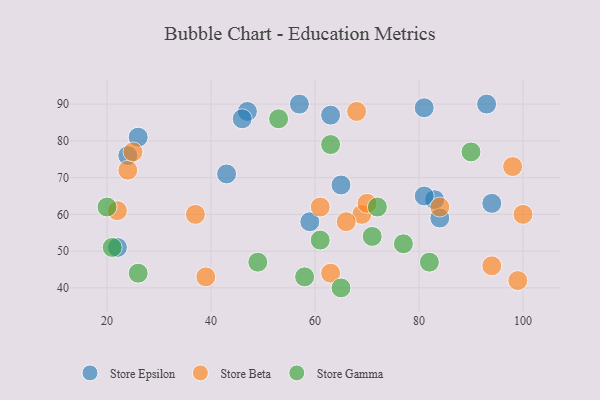
{"axis": {"x": "GDP", "y": "Life Expectancy"}, "legend": ["Store Beta", "Store Epsilon", "Store Gamma"], "data": [{"x": "63", "y": 87, "type": "Store Epsilon"}, {"x": "83", "y": 64, "type": "Store Epsilon"}, {"x": "47", "y": 88, "type": "Store Epsilon"}, {"x": "22", "y": 51, "type": "Store Epsilon"}, {"x": "57", "y": 90, "type": "Store Epsilon"}, {"x": "94", "y": 63, "type": "Store Epsilon"}, {"x": "26", "y": 81, "type": "Store Epsilon"}, {"x": "81", "y": 65, "type": "Store Epsilon"}, {"x": "65", "y": 68, "type": "Store Epsilon"}, {"x": "43", "y": 71, "type": "Store Epsilon"}, {"x": "93", "y": 90, "type": "Store Epsilon"}, {"x": "81", "y": 89, "type": "Store Epsilon"}, {"x": "84", "y": 59, "type": "Store Epsilon"}, {"x": "46", "y": 86, "type": "Store Epsilon"}, {"x": "59", "y": 58, "type": "Store Epsilon"}, {"x": "24", "y": 76, "type": "Store Epsilon"}, {"x": "84", "y": 62, "type": "Store Beta"}, {"x": "39", "y": 43, "type": "Store Beta"}, {"x": "24", "y": 72, "type": "Store Beta"}, {"x": "37", "y": 60, "type": "Store Beta"}, {"x": "94", "y": 46, "type": "Store Beta"}, {"x": "22", "y": 61, "type": "Store Beta"}, {"x": "69", "y": 60, "type": "Store Beta"}, {"x": "70", "y": 63, "type": "Store Beta"}, {"x": "99", "y": 42, "type": "Store Beta"}, {"x": "66", "y": 58, "type": "Store Beta"}, {"x": "68", "y": 88, "type": "Store Beta"}, {"x": "100", "y": 60, "type": "Store Beta"}, {"x": "25", "y": 77, "type": "Store Beta"}, {"x": "63", "y": 44, "type": "Store Beta"}, {"x": "98", "y": 73, "type": "Store Beta"}, {"x": "61", "y": 62, "type": "Store Beta"}, {"x": "61", "y": 53, "type": "Store Gamma"}, {"x": "20", "y": 62, "type": "Store Gamma"}, {"x": "71", "y": 54, "type": "Store Gamma"}, {"x": "65", "y": 40, "type": "Store Gamma"}, {"x": "77", "y": 52, "type": "Store Gamma"}, {"x": "49", "y": 47, "type": "Store Gamma"}, {"x": "82", "y": 47, "type": "Store Gamma"}, {"x": "53", "y": 86, "type": "Store Gamma"}, {"x": "58", "y": 43, "type": "Store Gamma"}, {"x": "21", "y": 51, "type": "Store Gamma"}, {"x": "72", "y": 62, "type": "Store Gamma"}, {"x": "26", "y": 44, "type": "Store Gamma"}, {"x": "90", "y": 77, "type": "Store Gamma"}, {"x": "63", "y": 79, "type": "Store Gamma"}]}